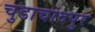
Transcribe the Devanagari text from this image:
चुडाचांदपुर